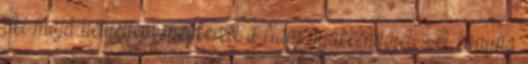
aki majd helyettem megkeresi a fiam nyakkendőjét. A konyha